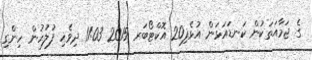
ގެ ޖަމާއަތަކުން ކަނޑައަޅަން އުޅެފި20 އޮކްޓޯބަރ 2015 11:03 ދިވެހި ފުލުހުން ހިންގި